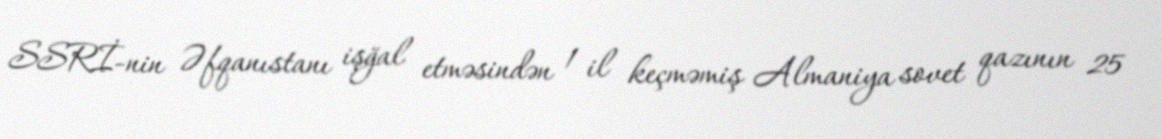
SSRİ-nin Əfqanıstanı işğal etməsindən 1 il keçməmiş Almaniya sovet qazının 25